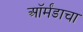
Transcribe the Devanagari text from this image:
ऑर्मंडाचा